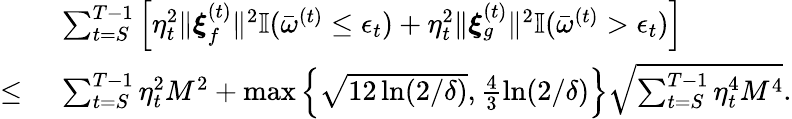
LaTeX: \begin{array}{rl}&{~\sum_{t=S}^{T-1}\left[\eta_{t}^{2}\| \boldsymbol{\xi}_{f}^{(t)}\| ^{2}\mathbb{I}(\bar{\omega}^{(t)}\leq\epsilon_{t})+\eta_{t}^{2}\| \boldsymbol{\xi}_{g}^{(t)}\| ^{2}\mathbb{I}(\bar{\omega}^{(t)}>\epsilon_{t})\right]}\\ {\leq}&{~\sum_{t=S}^{T-1}\eta_{t}^{2}M^{2}+\operatorname*{max}\left\{ \sqrt{12\ln(2/\delta)},\frac{4}{3}\ln(2/\delta)\right\} \sqrt{\sum_{t=S}^{T-1}\eta_{t}^{4}M^{4}}.}\end{array}